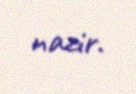
nazir.